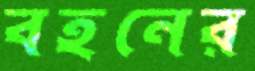
বহনের